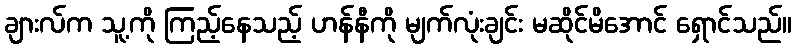
ချားလ်က သူ့ကို ကြည့်နေသည့် ဟန်နီကို မျက်လုံးချင်း မဆိုင်မိအောင် ရှောင်သည်။